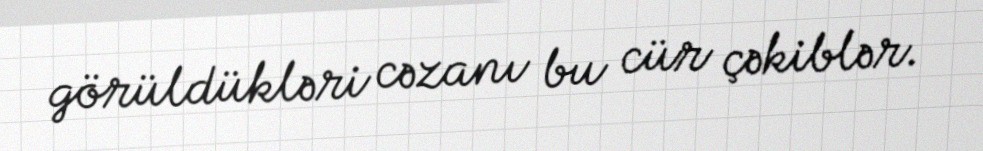
görüldükləri cəzanı bu cür çəkiblər.